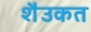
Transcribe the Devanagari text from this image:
शैउकत